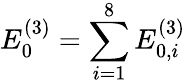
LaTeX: E_{0}^{(3)}=\sum_{i=1}^{8}E_{0,i}^{(3)}